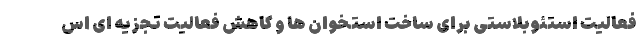
فعالیت استئوبلاستی برای ساخت استخوان ها و کاهش فعالیت تجزیه ای اس